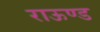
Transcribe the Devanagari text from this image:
राऊण्ड